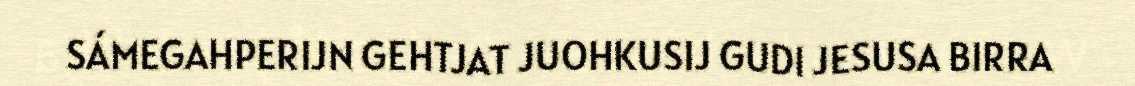
SÁMEGAHPERIJN GEHTJAT JUOHKUSIJ GUDI JESUSA BIRRA